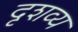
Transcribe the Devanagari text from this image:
दृशव्य